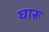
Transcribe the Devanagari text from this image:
घारू